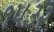
૧૫૩૨